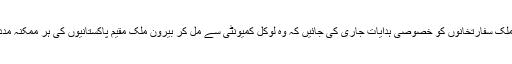
بیرون ملک سفارتخانوں کو خصوصی ہدایات جاری کی جائیں کہ وہ لوکل کمیونٹی سے مل کر بیرون ملک مقیم پاکستانیوں کی ہر ممکنہ مدد کریں۔